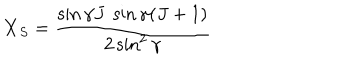
{ \bf X } _ { S } = \frac { \sin \gamma J \ \sin \gamma ( J + 1 ) } { 2 \sin ^ { 2 } \gamma } \,